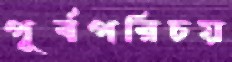
পূর্বপরিচয়